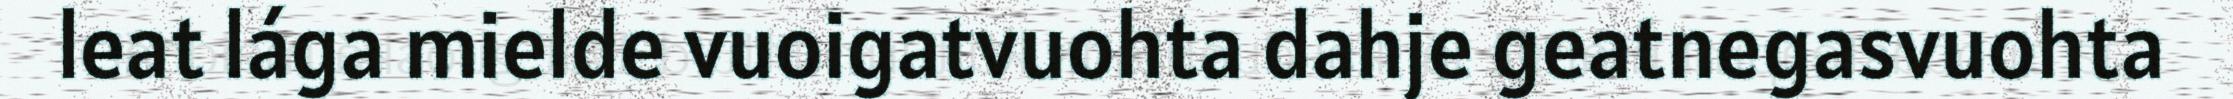
leat lága mielde vuoigatvuohta dahje geatnegasvuohta